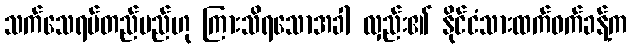
သက်သေရပ်တည်မည်ဟု ကြားသိရသောအခါ လှည်း၏ နိုင်ငံသားထက်ဝက်ခန့်က